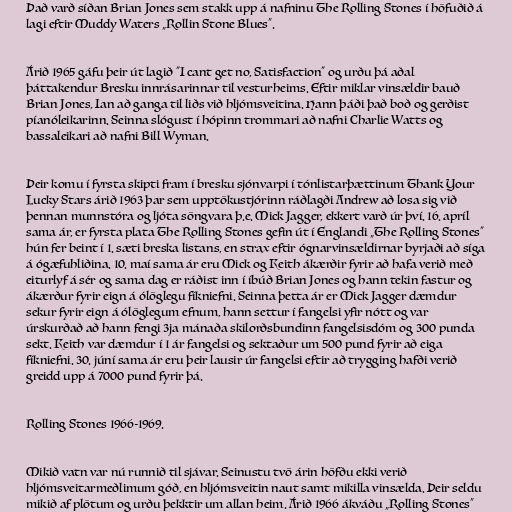
Það varð síðan Brian Jones sem stakk upp á nafninu The Rolling Stones í höfuðið á
lagi eftir Muddy Waters „Rollin Stone Blues”.

Árið 1965 gáfu þeir út lagið "I cant get no, Satisfaction" og urðu þá aðal
þáttakendur Bresku innrásarinnar til vesturheims. Eftir miklar vinsældir bauð
Brian Jones, Ian að ganga til liðs við hljómsveitina. Hann þáði það boð og gerðist
píanóleikarinn. Seinna slógust í hópinn trommari að nafni Charlie Watts og
bassaleikari að nafni Bill Wyman.

Þeir komu í fyrsta skipti fram í bresku sjónvarpi í tónlistarþættinum Thank Your
Lucky Stars árið 1963 þar sem upptökustjórinn ráðlagði Andrew að losa sig við
þennan munnstóra og ljóta söngvara þ.e. Mick Jagger, ekkert varð úr því. 16. apríl
sama ár, er fyrsta plata The Rolling Stones gefin út í Englandi „The Rolling Stones"
hún fer beint í 1. sæti breska listans, en strax eftir ógnarvinsældirnar byrjaði að síga
á ógæfuhliðina. 10. maí sama ár eru Mick og Keith ákærðir fyrir að hafa verið með
eiturlyf á sér og sama dag er ráðist inn í íbúð Brian Jones og hann tekin fastur og
ákærður fyrir eign á ólöglegu fíkniefni. Seinna þetta ár er Mick Jagger dæmdur
sekur fyrir eign á ólöglegum efnum, hann settur í fangelsi yfir nótt og var
úrskurðað að hann fengi 3ja mánaða skilorðsbundinn fangelsisdóm og 300 punda
sekt. Keith var dæmdur í 1 ár fangelsi og sektaður um 500 pund fyrir að eiga
fíkniefni. 30. júní sama ár eru þeir lausir úr fangelsi eftir að trygging hafði verið
greidd upp á 7000 pund fyrir þá.

Rolling Stones 1966-1969.

Mikið vatn var nú runnið til sjávar. Seinustu tvö árin höfðu ekki verið
hljómsveitarmeðlimum góð, en hljómsveitin naut samt mikilla vinsælda. Þeir seldu
mikið af plötum og urðu þekktir um allan heim. Árið 1966 ákváðu „Rolling Stones”